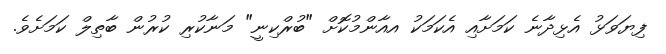
ފިޔަވަޅު އެޅިދާނެ ކަމަށާއި އެކަމަކު އއާންމުކޮށް "ބުރްކިނީ" މަނާކުރި ކުރުން ބާތިލް ކަމަށެވެ.